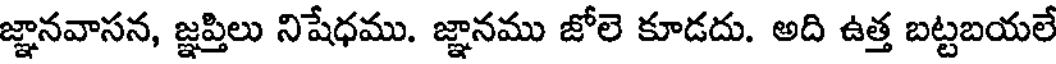
జ్ఞానవాసన, జ్ఞప్తిలు నిషేధము. జ్ఞానము జోలె కూడదు. అది ఉత్త బట్టబయలే